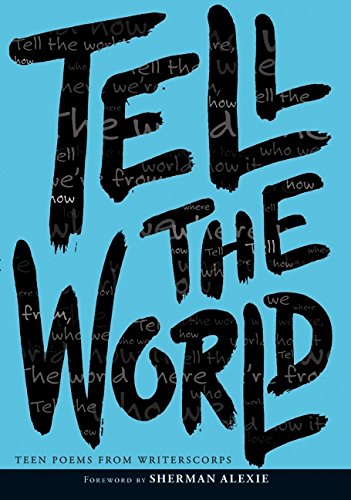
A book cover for Tell the World; WritersCorps; Teen & Young Adult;